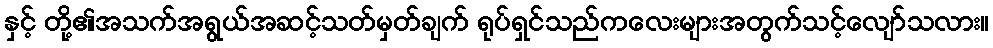
နှင့် တို့၏အသက်အရွယ်အဆင့်သတ်မှတ်ချက် ရုပ်ရှင်သည်ကလေးများအတွက်သင့်လျော်သလား။